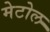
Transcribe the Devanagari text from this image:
मेटोल